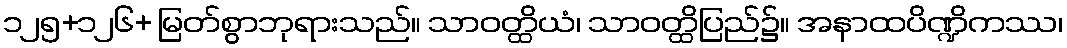
၁၂၅+၁၂၆+ မြတ်စွာဘုရားသည်။ သာဝတ္ထိယံ၊ သာဝတ္ထိပြည်၌။ အနာထပိဏ္ဍိကဿ၊